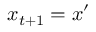
x _ { t + 1 } = x ^ { \prime }